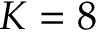
K = 8